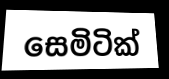
සෙමිටික්